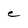
Character: C